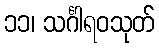
၁၁၊ သင်္ဂါရဝသုတ်